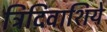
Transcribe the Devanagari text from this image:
त्रिदिवाशिये